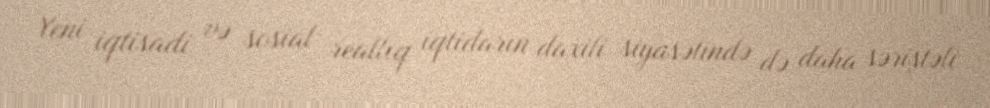
Yeni iqtisadi və sosial reallıq iqtidarın daxili siyasətində də daha səriştəli